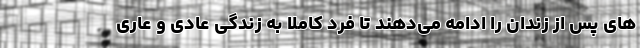
های پس از زندان را ادامه می‌دهند تا فرد کاملا به زندگی عادی و عاری